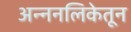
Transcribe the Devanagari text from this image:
अन्ननलिकेतून